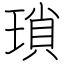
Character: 瑣